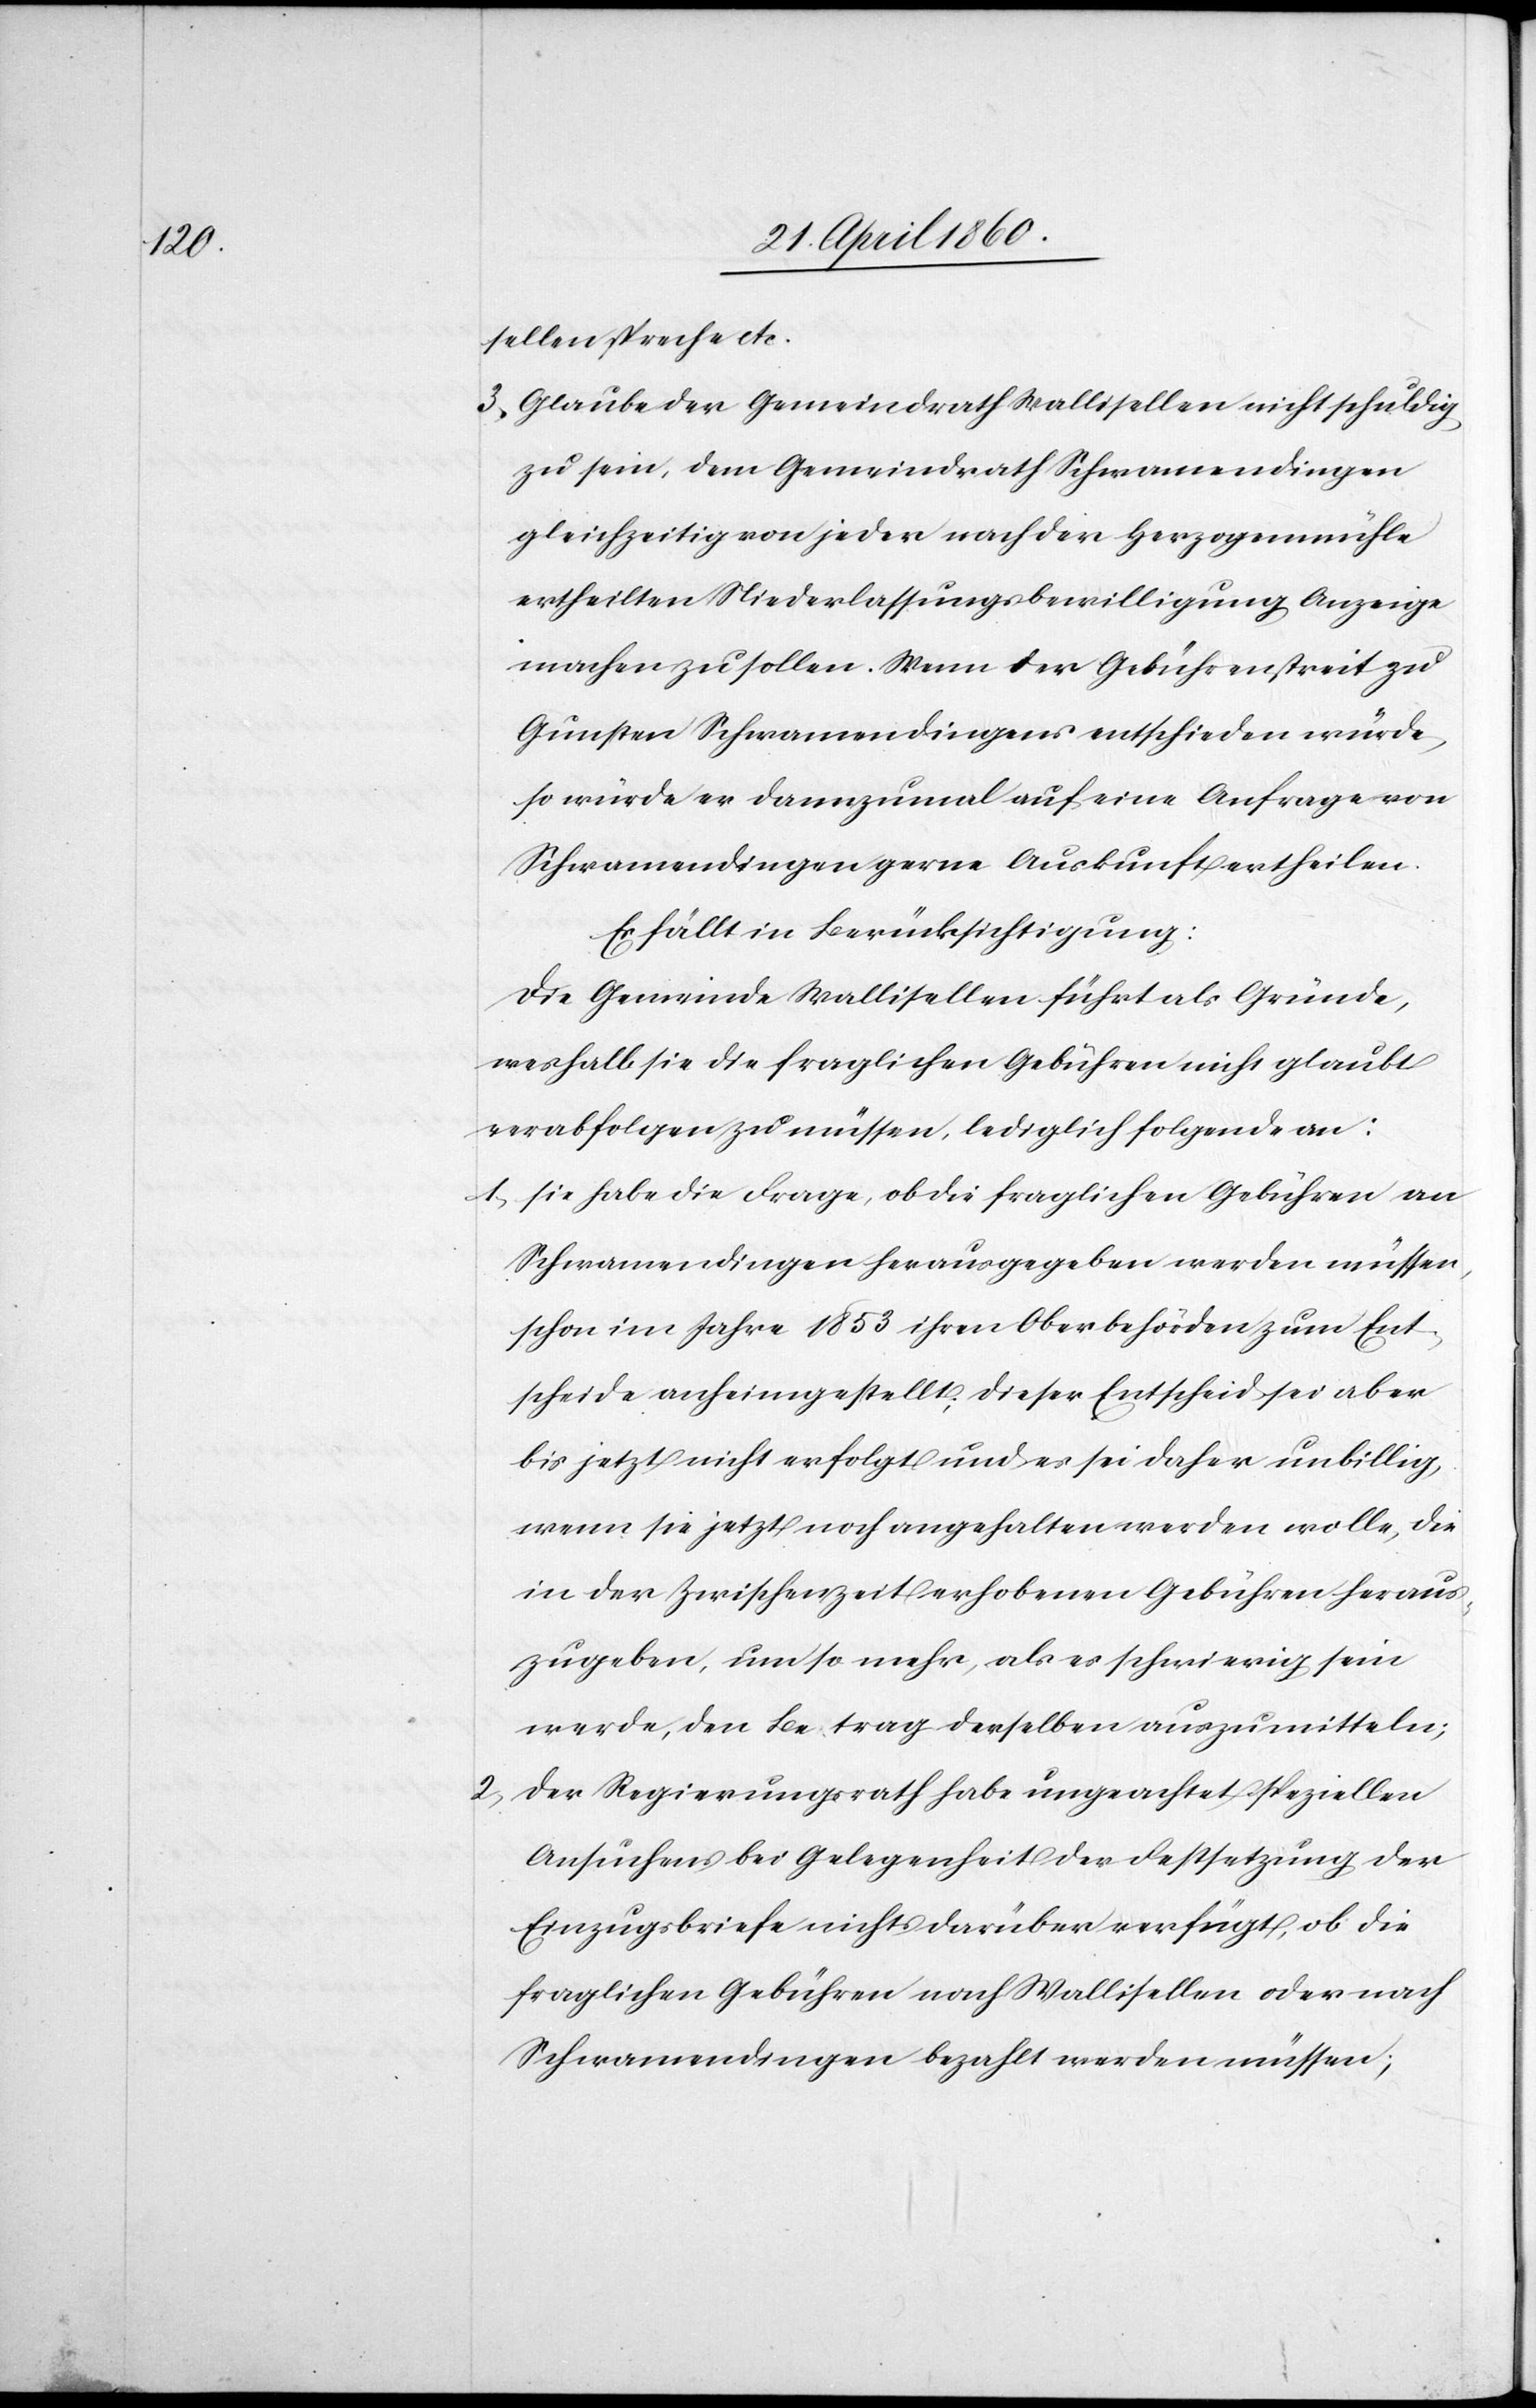
sellen spreche etc.
3. Glaube der Gemeindrath Wallisellen nicht schuldig
zu sein, dem Gemeindrath Schwamendingen
gleichzeitig von jeder nach der Herzogenmühle
ertheilten Niederlassungsbewilligung Anzeige
machen zu sollen. Wenn der Gebührenstreit zu
Gunsten Schwamendingens entschieden würde,
so würde er dannzumal auf eine Anfrage von
Schwamendingen gerne Auskunft ertheilen.
Es fällt in Berücksichtigung:
Die Gemeinde Wallisellen führt als Gründe,
weshalb sie die fraglichen Gebühren nicht glaubt
verabfolgen zu müssen, lediglich folgende an:
1. sie habe die Frage, ob die fraglichen Gebühren an
Schwamendingen herausgegeben werden müssen,
schon im Jahre 1853 ihren Oberbehörden zum Ent¬
scheide anheimgestellt, dieser Entscheid sei aber
bis jetzt nicht erfolgt und es sei daher unbillig,
wenn sie jetzt noch angehalten werden wolle, die
in der Zwischenzeit erhobenen Gebühren heraus¬
zugeben, um so mehr, als es schwierig sein
werde, den Betrag derselben auszumitteln;
2. Der Regierungsrath habe ungeachtet speziellen
Ansuchens bei Gelegenheit der Festsetzung der
Einzugsbriefe nichts darüber verfügt, ob die
fraglichen Gebühren nach Wallisellen oder nach
Schwamendingen bezahlt werden müssen;